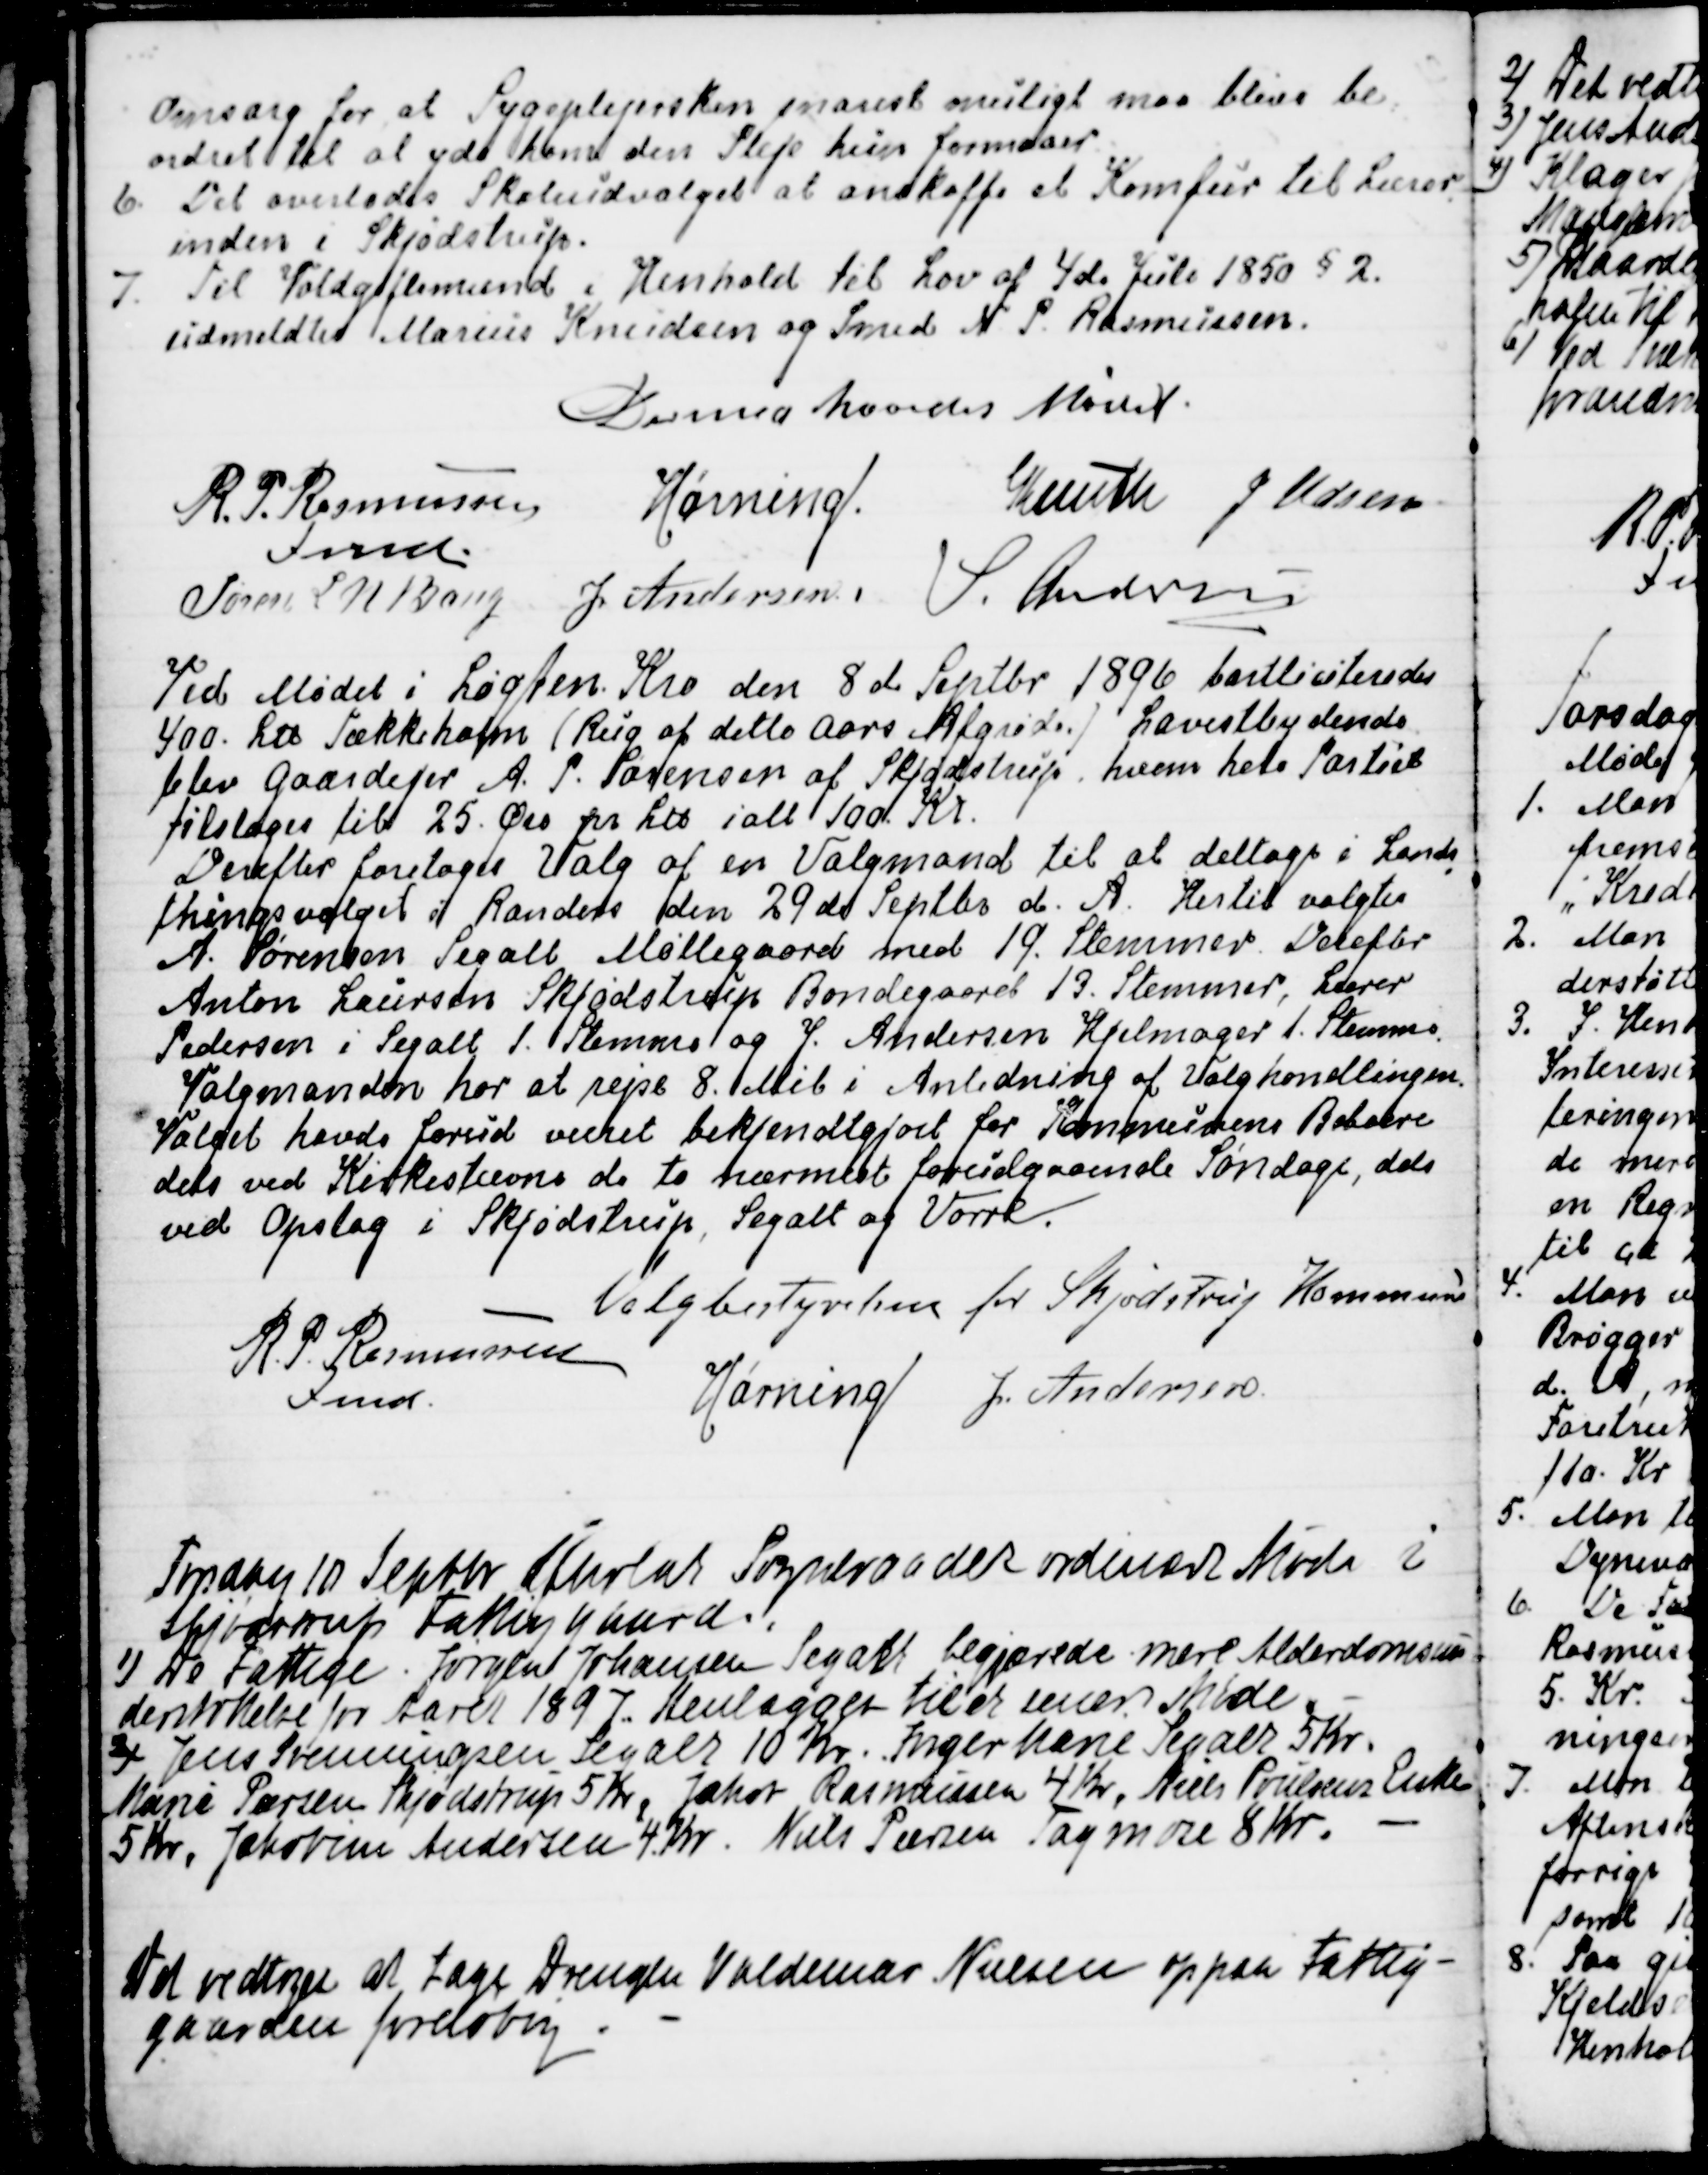
Transskription:
Omsorg for at Sygeplejersken snarest muligt maa blive be
-
ordret til at yde ham den Pleje hun formaar.
6. Det overlodes Skoleudvalget at anskaffe et Komfur til Lærer
-
inden i Skjødstrup.
7. Til Voldgiftsmænd i Henhold til Lov af 4de Juli 1850 § 2.
udmeldtes Marius Knudsen og Smed N. P. Rasmussen.
Dermed hævedes Mødet.
R. P. Rasmussen
Fmd.
Hørning
Knuth
J Udsen
Søren L. N. Bang
J. Andersen
S. Andersen

Ved Mødet i Løgten Kro den 8de September 1896 bortliciteredes
400. L℔ Tækkehalm (Rug af dette Aars Afgrøder) Lavestbydende
blev Gaardejer A. P. Sørensen af Skjødstrup, hvem hele Partiet
tilstodes til 25. Øre pr L℔ ialt 100. Kr.
Derefter foretoges Valg af en Valgmand til at deltage i Lands
-
thingsvalget i Randers den 29de Septbr d. A. Hertil valgtes
A. Sørensen Segalt Møllegaard med 19. Stemmer. Derefter
Anton Laursen Skjødstrup Bondegaard 13. Stemmer, Lærer
Pedersen i Segalt 1. Stemme og J. Andersen Hjelmager 1. Stemme.
Valgmanden har at rejse 8. Mil i Anledning af Valghandlingen.
Valget havde forud været bekjendtgjort for Kommunens Beboere
dels ved Kirkestævne de to nærmest forudgaaende Søndage, dels
ved Opslag i Skjødstrup, Segalt og Vorre.
Valgbestyrelsen for Skjødstrup Kommune
R P. Rasmussen
Fmd.
Hørning
J. Andersen

Torsdag 10 Septbr Afholdt Sogneraadet ordinært Møde i
Skjødstrup Fattiggaard.
1) De Fattige. Jørgen Johansen Segalt begjærede mere Alderdomsun
derstøttelse for Aaret 1897. Henlægges til et senere Møde.
2) Jens Svenningsen Segalt 10 Kr. Inger Marie Segalt 5 Kr.
Marie Peersen Skjødstrup 5 Kr, Jakob Rasmussen 4 Kr, Niels Poulsens Enke
5 Kr, Jakobine Andersen 4. Kr. Niels Peersen Tagmose 8 Kr. 
Det vedtoges at tage Drengen Valdemar Nielsen op paa Fattig-
gaarden foreløbig.